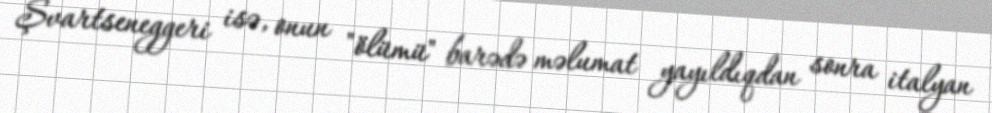
Şvartseneggeri isə, onun "ölümü" barədə məlumat yayıldıqdan sonra italyan